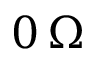
0 \, \Omega